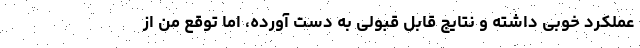
عملکرد خوبی داشته و نتایج قابل قبولی به دست آورده، اما توقع من از